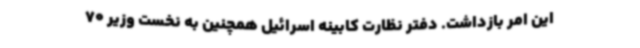
این امر بازداشت. دفتر نظارت کابینه اسرائیل همچنین به نخست وزیر 70